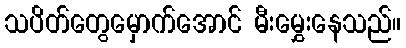
သပိတ်တွေမှောက်အောင် မီးမွှေးနေသည်။